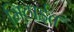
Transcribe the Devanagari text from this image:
मिठाईत